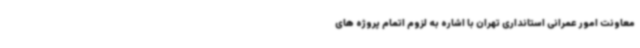
معاونت امور عمرانی استانداری تهران با اشاره به لزوم اتمام پروژه های